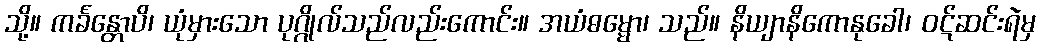
သို့။ ကင်္ခန္တောပိ၊ ယုံမှားသော ပုဂ္ဂိုလ်သည်လည်းကောင်း။ အယံဓမ္မော၊ သည်။ နိယျာနိကောနုခေါ၊ ဝဋ်ဆင်းရဲမှ